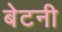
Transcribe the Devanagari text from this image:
बेटनी